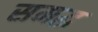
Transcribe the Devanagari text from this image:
समद्ध